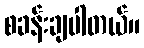
စခန်းချပါတယ်။